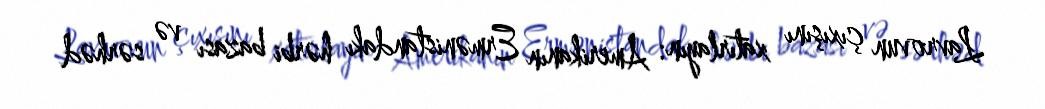
Lavrovun çıxışını xatırlayın: Amerikanın Ermənistandakı hərbi bazası və sərhəd